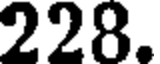
228.